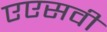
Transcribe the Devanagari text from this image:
एएसवी